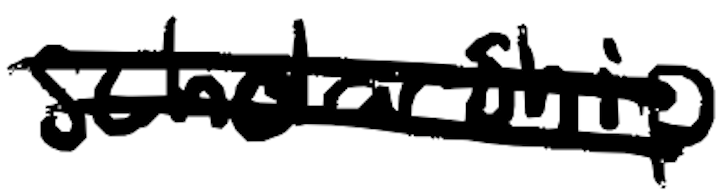
Text: scholarship
Cross-out: double-line
Writing tool: digital_black